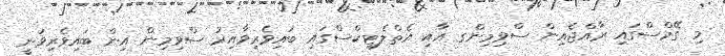
މި ގޭމްސްގައި ރާއްޖެއިން ސްވިމިންގ އާއި އެތްލެޓިކްސްގައި ބައިވެރިވާއިރު ސްވިމިން އިން ބައިވެރިވަނީ